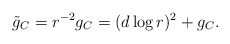
\begin{align*}\tilde g_C = r^{-2} g_C = (d \log r)^2 + g_C.\end{align*}